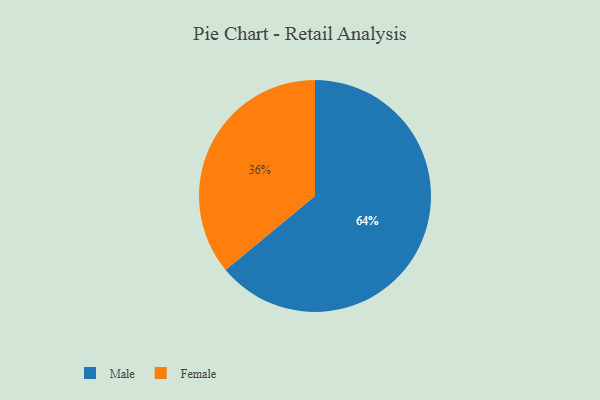
{"axis": {"x": "Category", "y": "Percentage"}, "legend": ["Female", "Male"], "data": [{"x": "Male", "y": 64, "type": "Male"}, {"x": "Female", "y": 36, "type": "Female"}]}